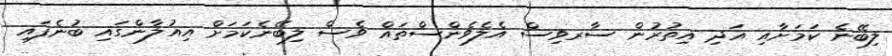
ލިބޭނެ ކަމަށާއި އަދި އިތުރުން ސާރވިސް އެލެވެންސްތައް ވެސް ލިބޭނެކަމަށް އިއުލާންގައި ބުނެފައި